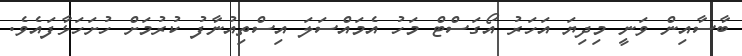
ބާސާއިން ވަނީ މިދިޔަ އަހަރު އޯގަސްޓް މަހު އެމައްސަލަ އިސްތިއުނާފު ކުރުމަށް ހުށަހަޅާފައެވެ.